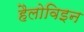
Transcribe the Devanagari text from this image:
हैलोविइन